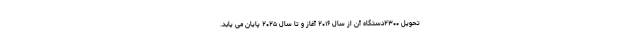
تحویل ۲۳۰۰دستگاه آن از سال ۲۰۱۶ آغاز و تا سال ۲۰۲۵ پایان می یابد.